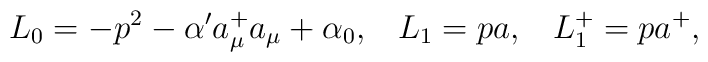
L_0 =-p^2-\alpha'a_\mu^+a_\mu+\alpha_0,\;\;\;L_1 = pa,\;\;\; L_1^+=pa^+,